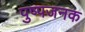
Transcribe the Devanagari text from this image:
पुष्पजनक